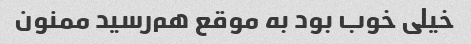
خیلی خوب بود به موقع هم‌رسید ممنون